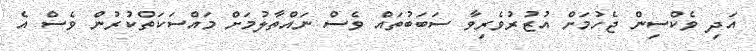
އަދި ވެކްސިން ޖެހުމަށް އުޒުރުވެރިވާ ސަބަބުތައް ވެސް ނައްތާލުމަށް މައްސަކަތްކުރުން ވެސް އެ